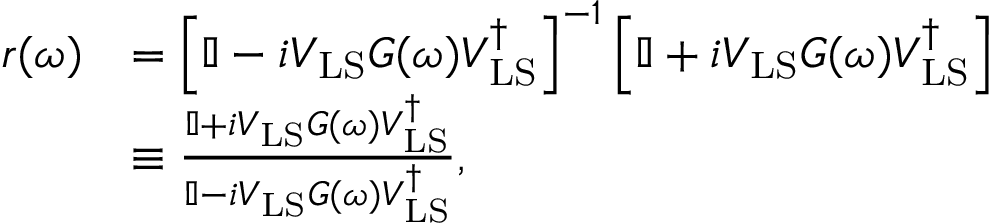
\begin{array} { r l } { r ( \omega ) } & { = \left[ \mathbb { I } - i V _ { \mathrm { L S } } G ( \omega ) V _ { \mathrm { L S } } ^ { \dagger } \right] ^ { - 1 } \left[ \mathbb { I } + i V _ { \mathrm { L S } } G ( \omega ) V _ { \mathrm { L S } } ^ { \dagger } \right] } \\ & { \equiv \frac { \mathbb { I } + i V _ { \mathrm { L S } } G ( \omega ) V _ { \mathrm { L S } } ^ { \dagger } } { \mathbb { I } - i V _ { \mathrm { L S } } G ( \omega ) V _ { \mathrm { L S } } ^ { \dagger } } , } \end{array}